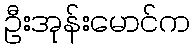
ဦးအုန်းမောင်က